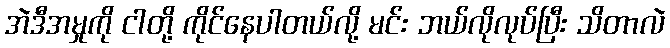
အဲဒီအမှုကို ငါတို့ ကိုင်နေပါတယ်လို့ မင်း ဘယ်လိုလုပ်ပြီး သိတာလဲ